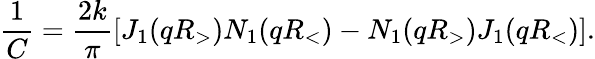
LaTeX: \frac{1}{C}=\frac{2k}{\pi}\left[J_{1}(qR_{>})N_{1}(qR_{<})-N_{1}(qR_{>})J_{1}(qR_{<})\right].